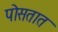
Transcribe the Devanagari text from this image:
पोसतात